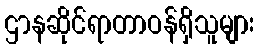
ဌာနဆိုင်ရာတာဝန်ရှိသူများ